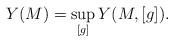
LaTeX: \begin{align*}Y(M)=\sup_{[g]} Y(M,[g]).\end{align*}